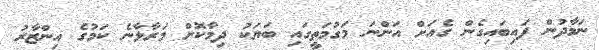
ނަމާދުން ފައިބައިގެން ގެއަށް އަންނަ މަގުމަތީގައި ބަޔަކު ދިމާކޮށް މަރާލާނެ ކަމުގެ އިންޒާރު